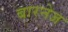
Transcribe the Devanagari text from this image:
बारनेज